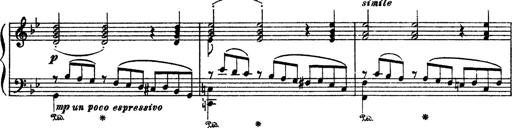
Title: Sarabande und Chaconne aus dem Singspiel
Composer: Franz Liszt